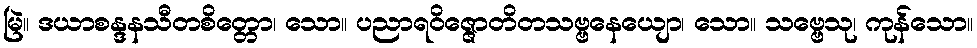
မြဲ။ ဒယာစန္ဒနသီတစိတ္တော၊ သော။ ပညာရဝိဇ္ဇောတိတသဗ္ဗနေယျော၊ သော။ သဗ္ဗေသု၊ ကုန်သော။